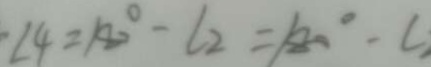
\angle 4 = 1 8 0 ^ { \circ } - \angle 2 = 1 8 0 ^ { \circ } - \angle